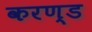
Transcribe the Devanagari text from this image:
करण्ड